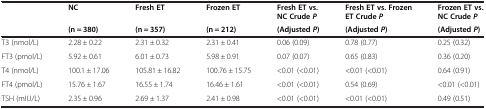
| <ROWSPAN=2>  | NC | Fresh ET | Frozen ET | Fresh ET vs. NC CrudeP | Fresh ET vs. Frozen ET CrudeP | Frozen ET vs. NC CrudeP |
 | (n = 380) | (n = 357) | (n = 212) | (AdjustedP) | (AdjustedP) | (AdjustedP) |
 | --- | --- | --- | --- | --- | --- | --- |
 | T3 (nmol/L) | 2.28 ± 0.22 | 2.31 ± 0.32 | 2.31 ± 0.41 | 0.06 (0.09) | 0.78 (0.77) | 0.25 (0.32) |
 | FT3 (pmol/L) | 5.92 ± 0.61 | 6.01 ± 0.73 | 5.98 ± 0.91 | 0.07 (0.07) | 0.65 (0.83) | 0.36 (0.20) |
 | T4 (nmol/L) | 100.1 ± 17.06 | 105.81 ± 16.82 | 100.76 ± 15.75 | <0.01 (<0.01) | <0.01 (<0.01) | 0.64 (0.91) |
 | FT4 (pmol/L) | 15.76 ± 1.67 | 16.55 ± 1.74 | 16.46 ± 1.61 | <0.01 (<0.01) | 0.54 (0.69) | <0.01 (<0.01) |
 | TSH (mIU/L) | 2.35 ± 0.96 | 2.69 ± 1.37 | 2.41 ± 0.98 | <0.01 (<0.01) | <0.01 (<0.01) | 0.49 (0.51) |